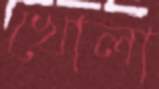
খোলা